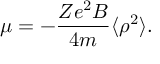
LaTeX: \mu = - { \frac { Z e ^ { 2 } B } { 4 m } } \langle \rho ^ { 2 } \rangle .